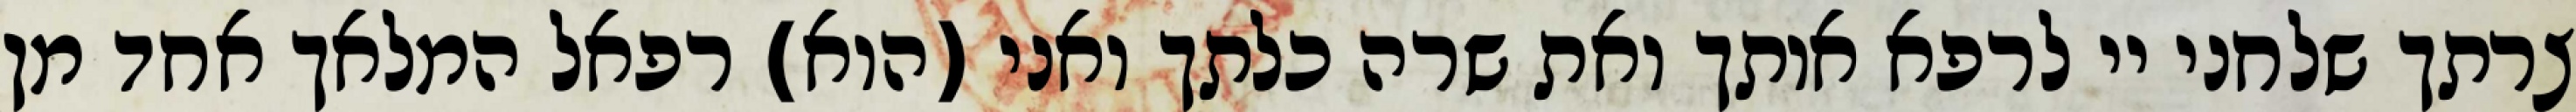
צרתך שלחני יי לרפא אותך ואת שרה כלתך ואני (הוא) רפאל המלאך אחד מן